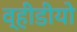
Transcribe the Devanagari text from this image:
व्हीडीयो